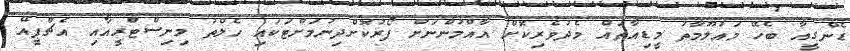
ޑެންގީއާ ބެހޭ މައުލޫމާތު މީޑިއާތައް މެދުވެރިކޮށް އާއްމުންނަށް ފޯރުކޮށްދިނުމަށްޓަކައި ހެލްތު މިނިސްޓްރީއާއި އެޗްޕީއޭ